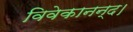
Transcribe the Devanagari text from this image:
विवेकानन्द।